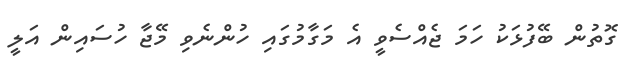
ގޮތުން ބޭފުޅަކު ހަމަ ޖެއްސެވީ އެ މަގާމުގައި ހުންނެވި މޭޖާ ހުސައިން އަލީ